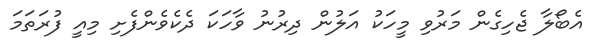
އެބޯލާ ޖެހިގެން މަރުވި މީހަކު އަލުން ދިރުނު ވާހަކަ ދެކެވެންފެށި މިއީ ފުރަތަމަ